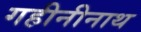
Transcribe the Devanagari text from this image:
गहीनीनाथ